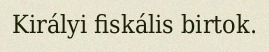
Királyi fiskális birtok.